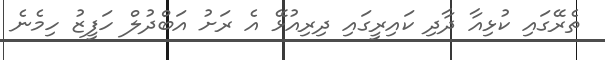
ތެރޭގައި ކުޅިއާ ދާދި ކައިރީގައި ދިރިއުޅޭ އެ ރަށު އަބްދުލް ހަފީޒު ހިމެނެ